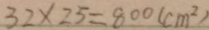
3 2 \times 2 5 = 8 0 0 ( c m ^ { 2 } )